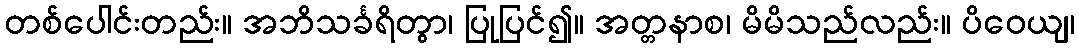
တစ်ပေါင်းတည်း။ အဘိသင်္ခရိတွာ၊ ပြုပြင်၍။ အတ္တနာစ၊ မိမိသည်လည်း။ ပိဝေယျ၊